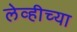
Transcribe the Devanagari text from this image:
लेव्हीच्या